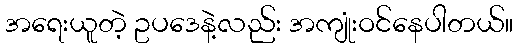
အရေးယူတဲ့ ဥပဒေနဲ့လည်း အကျုံးဝင်နေပါတယ်။